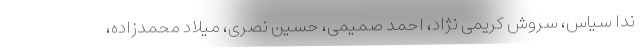
ندا سیاس، سروش کریمی نژاد، احمد صمیمی، حسین نصری، میلاد محمدزاده،